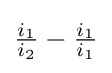
{\tfrac {i_{1}}{i_{2}}}-{\tfrac {i_{1}}{i_{1}}}